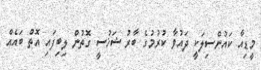
މީޑިއާ ކައުންސިލަކީ ދައުވާ ކުރުމުގެ ބާރު ޝަޚުސީ ގޮތުން ލިބިފައި އޮތް ބައެއް